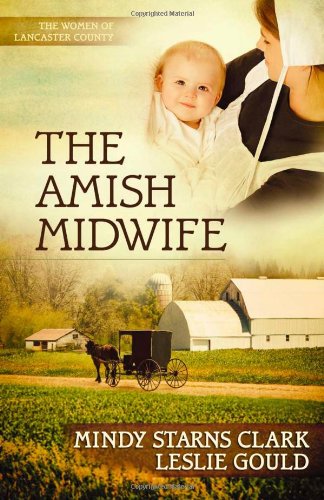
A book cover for The Amish Midwife (The Women of Lancaster County); Mindy Starns Clark; Romance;